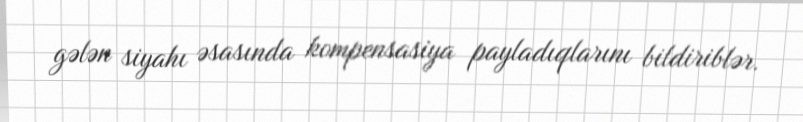
gələn siyahı əsasında kompensasiya payladıqlarını bildiriblər.